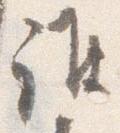
誰